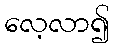
လေ့လာ၍